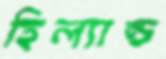
হিল্যান্ড